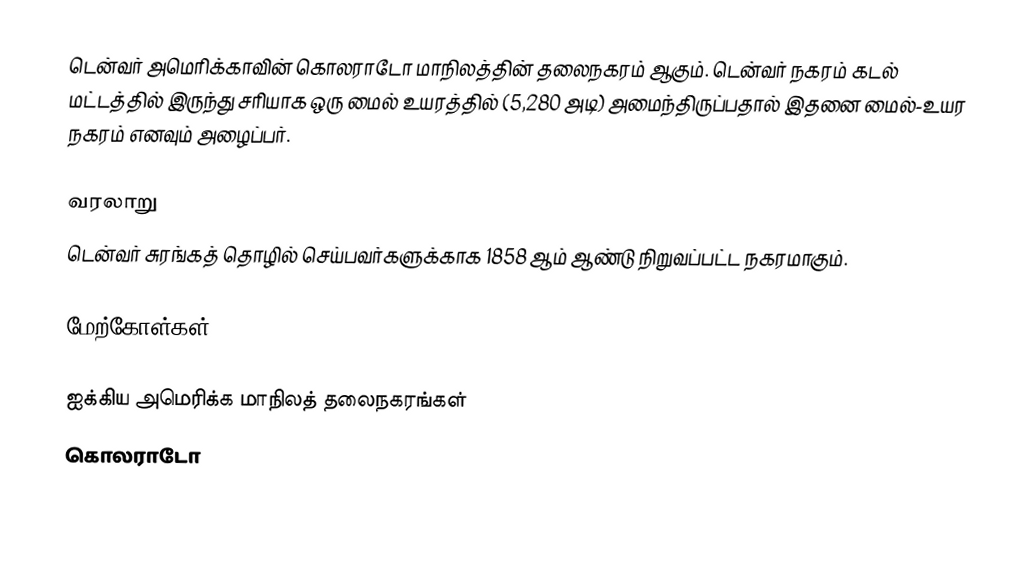
டென்வர் அமெரிக்காவின் கொலராடோ மாநிலத்தின் தலைநகரம் ஆகும். டென்வர் நகரம் கடல் மட்டத்தில் இருந்து சரியாக ஒரு மைல் உயரத்தில் (5,280 அடி) அமைந்திருப்பதால் இதனை மைல்-உயர நகரம் எனவும் அழைப்பர்.

வரலாறு
டென்வர் சுரங்கத் தொழில் செய்பவர்களுக்காக 1858 ஆம் ஆண்டு நிறுவப்பட்ட நகரமாகும்.

மேற்கோள்கள்

ஐக்கிய அமெரிக்க மாநிலத் தலைநகரங்கள்
கொலராடோ